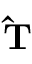
\mathbf { \hat { T } }